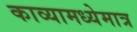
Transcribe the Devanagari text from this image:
काव्यामध्येमात्र